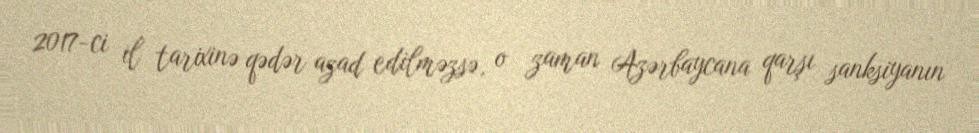
2017-ci il tarixinə qədər azad edilməzsə, o zaman Azərbaycana qarşı sanksiyanın